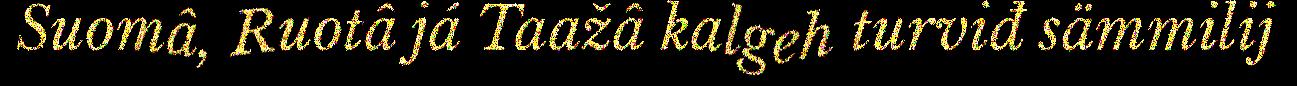
Suomâ, Ruotâ já Taažâ kalgeh turviđ sämmilij